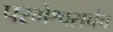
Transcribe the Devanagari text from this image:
परमेश्वराचंच